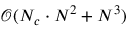
\mathcal { O } ( N _ { c } \cdot N ^ { 2 } + N ^ { 3 } )